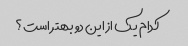
کدام یک از این دو بهتر است؟